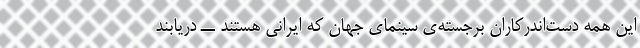
این همه دست‌اندرکاران برجسته‌ی سینمای جهان که ایرانی هستند ــ دریابند